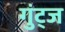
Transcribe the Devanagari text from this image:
गुंट्ज